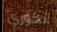
الكوري